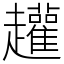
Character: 䟒